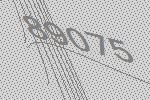
89075